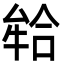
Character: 𭷪